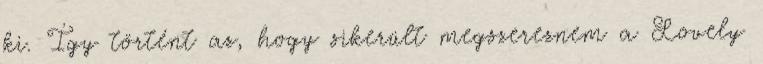
ki. Így történt az, hogy sikerült megszereznem a Lovely